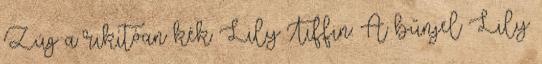
Zúg a rikítóan kék Lily Tiffin: A bűnjel Lily